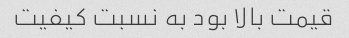
قیمت بالا بود به نسبت کیفیت